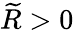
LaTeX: \widetilde R>0